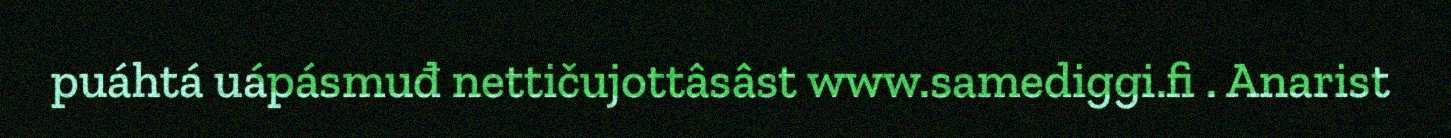
puáhtá uápásmuđ nettičujottâsâst www.samediggi.fi . Anarist